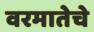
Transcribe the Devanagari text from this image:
वरमातेचे